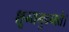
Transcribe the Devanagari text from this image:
शून्यमुदच्यते।